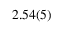
2 . 5 4 ( 5 )